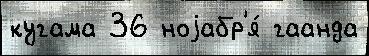
кугама 36 ноjабр'я́ гаанда